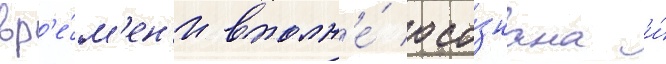
вр'е́м'ен'и вполн'е́ осо́знана и́